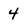
Character: 4